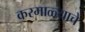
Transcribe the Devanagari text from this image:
करमाळ्याचे